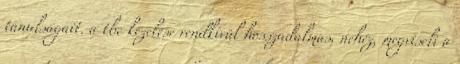
tanulságait. a tbc kezelése rendkívül hosszadalmas, nehéz, megviseli a